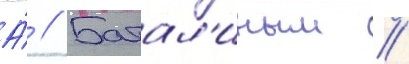
А́ // Батал'иным /